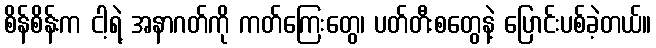
စိန်စိန်းက ငါ့ရဲ့ အနာဂတ်ကို ကတ်ကြေးတွေ၊ ပတ်တီးစတွေနဲ့ ပြောင်းပစ်ခဲ့တယ်။